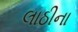
લાઠીના